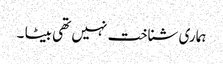
ہماری شناخت نہیں تھی بیٹا ۔